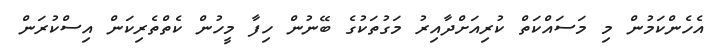
އެހެންކަމުން މި މަސައްކަތް ކުރިއަށްދާއިރު މަގުތަކުގެ ބޭނުން ހިފާ މީހުން ކެތްތެރިކަން އިސްކުރަން